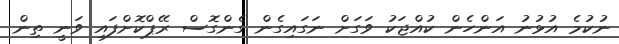
ނުކުމެ އުޅުނު އަންހެން ކުއްޖަކު ވަގަށް ނަގައިގެން ގެންގޮސް ރޭޕްކޮށްފައި ވަނީ ތިން